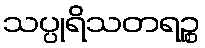
သပ္ပုရိသတရဉ္စ